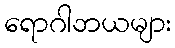
ရောဂါဘယများ